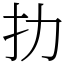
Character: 扐